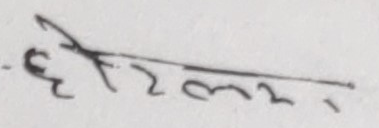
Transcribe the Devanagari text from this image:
हेटलर